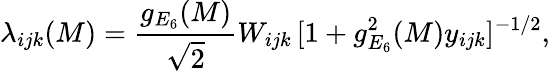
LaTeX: \lambda_{ijk}(M)=\frac{g_{E_{6}}(M)}{\sqrt{2}}W_{ijk}\, [1+g_{E_{6}}^{2}(M)y_{ijk}]^{-1/2},